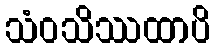
သံဝသိဿထာပိ